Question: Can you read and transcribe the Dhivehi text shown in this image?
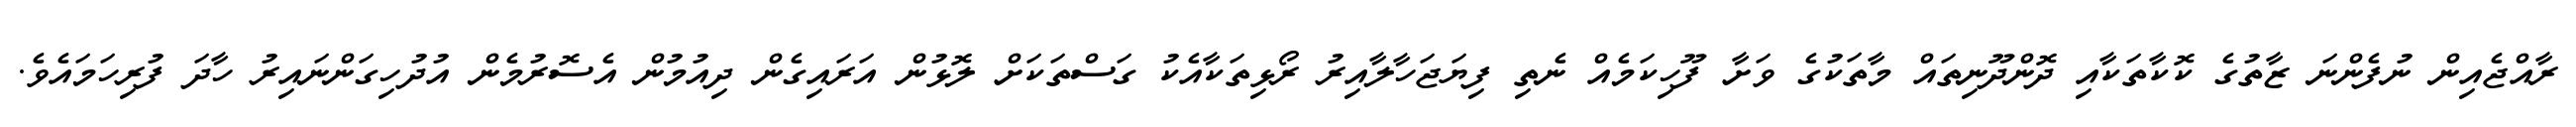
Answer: ރާއްޖެއިން ނުފެންނަ ޒާތުގެ ކޮކާތަކާއި ދޮންދޫނިތައް މާތަކުގެ ވަށާ ފޫހިކަމެއް ނެތި ފިޔަޖަހާލާއިރު ރޯޅިތަކާއެކު ގަސްތަކަށް ލޮޅުން އަރައިގެން ދިއުމުން އެސޮރުމެން އުދުހިގަންނައިރު ހާދަ ފުރިހަމައެވެ.